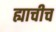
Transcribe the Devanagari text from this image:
ह्याचीच